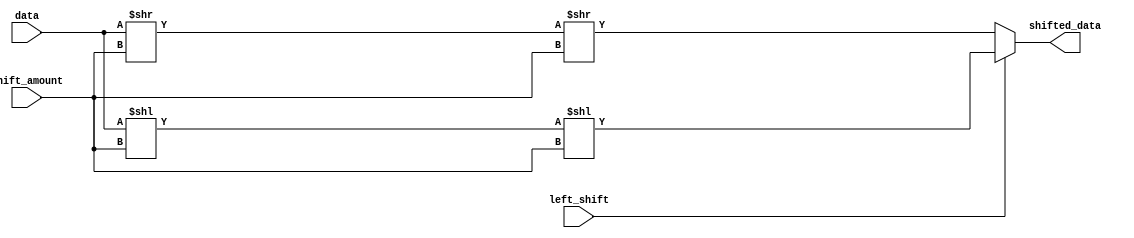
module barrel_shifter(
    input [7:0] data,
    input [2:0] shift_amount,
    input left_shift,
    output reg [7:0] shifted_data
);

reg [7:0] stage1_out;
reg [7:0] stage2_out;

always @(*) begin
    if(left_shift) begin
        stage1_out = data << shift_amount;
        stage2_out = stage1_out << shift_amount;
    end
    else begin
        stage1_out = data >> shift_amount;
        stage2_out = stage1_out >> shift_amount;
    end
end

assign shifted_data = stage2_out;

endmodule